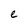
Character: e